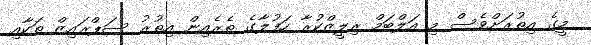
މީގެ އިތުރަށްވެސް މި އަލްބަމް ރިލީޒްކުރާ ހަފުލާގެ ތެރެއިން އިތުރު ސަޕްރައިޒް ތަކާއި